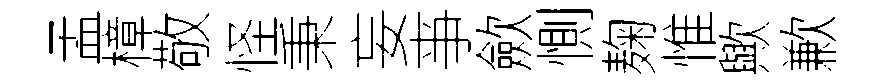
孟樟敬怪秉妄亊歛惻麹惟歟歉